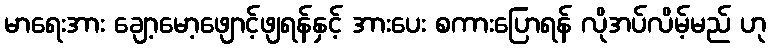
မာရေးအား ချော့မော့ဖျောင့်ဖျရန်နှင့် အားပေး စကားပြောရန် လိုအပ်လိမ့်မည် ဟု